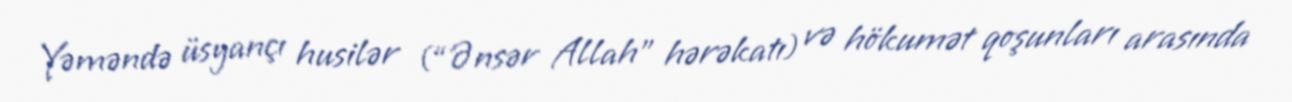
Yəməndə üsyançı husilər (“Ənsər Allah” hərəkatı) və hökumət qoşunları arasında